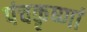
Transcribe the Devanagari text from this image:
पंचकृष्णां